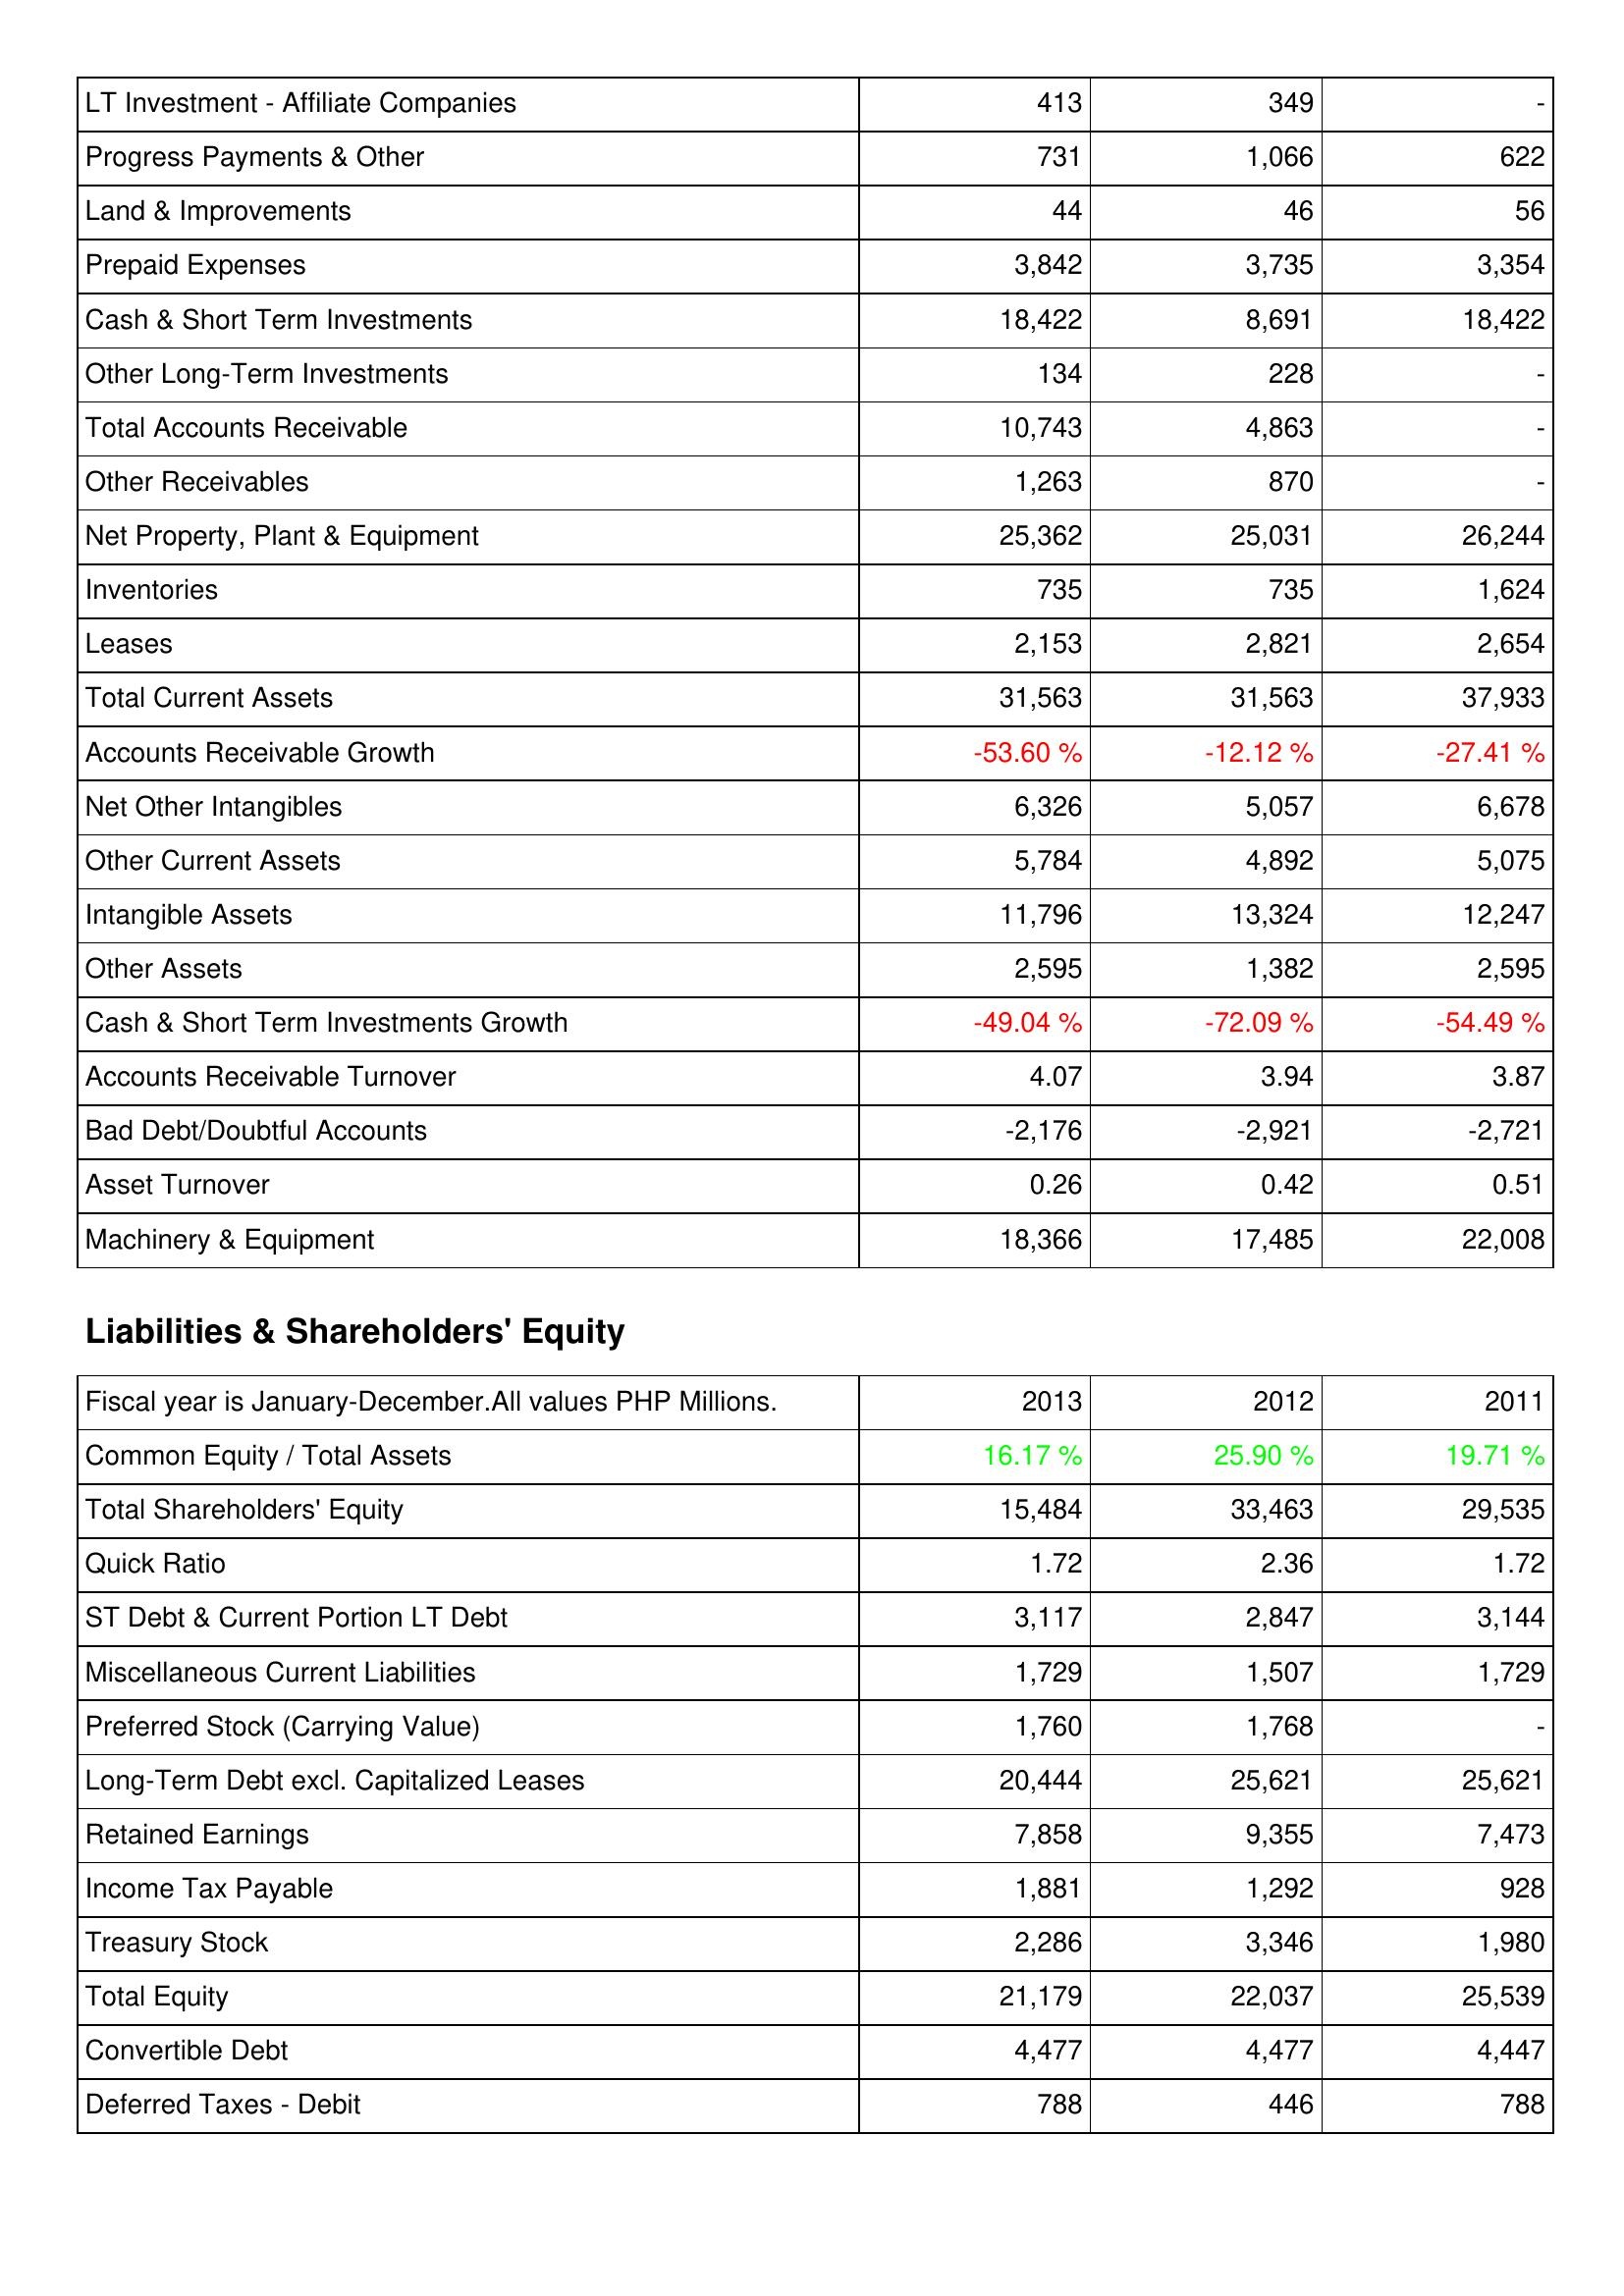
2013: Assets: LT Investment - Affiliate Companies: 413
Progress Payments & Other: 731
Land & Improvements: 44
Prepaid Expenses: 3,842
Cash & Short Term Investments: 18,422
Other Long-Term Investments: 134
Total Accounts Receivable: 10,743
Other Receivables: 1,263
Net Property, Plant & Equipment: 25,362
Inventories: 735
Leases: 2,153
Total Current Assets: 31,563
Accounts Receivable Growth: -53.60 %
Net Other Intangibles: 6,326
Other Current Assets: 5,784
Intangible Assets: 11,796
Other Assets: 2,595
Cash & Short Term Investments Growth: -49.04 %
Accounts Receivable Turnover: 4.07
Bad Debt/Doubtful Accounts: -2,176
Asset Turnover: 0.26
Machinery & Equipment: 18,366
Liabilities & Shareholders' Equity: Common Equity / Total Assets: 16.17 %
Total Shareholders' Equity: 15,484
Quick Ratio: 1.72
ST Debt & Current Portion LT Debt: 3,117
Miscellaneous Current Liabilities: 1,729
Preferred Stock (Carrying Value): 1,760
Long-Term Debt excl. Capitalized Leases: 20,444
Retained Earnings: 7,858
Income Tax Payable: 1,881
Treasury Stock: 2,286
Total Equity: 21,179
Convertible Debt: 4,477
Deferred Taxes - Debit: 788
2012: Assets: LT Investment - Affiliate Companies: 349
Progress Payments & Other: 1,066
Land & Improvements: 46
Prepaid Expenses: 3,735
Cash & Short Term Investments: 8,691
Other Long-Term Investments: 228
Total Accounts Receivable: 4,863
Other Receivables: 870
Net Property, Plant & Equipment: 25,031
Inventories: 735
Leases: 2,821
Total Current Assets: 31,563
Accounts Receivable Growth: -12.12 %
Net Other Intangibles: 5,057
Other Current Assets: 4,892
Intangible Assets: 13,324
Other Assets: 1,382
Cash & Short Term Investments Growth: -72.09 %
Accounts Receivable Turnover: 3.94
Bad Debt/Doubtful Accounts: -2,921
Asset Turnover: 0.42
Machinery & Equipment: 17,485
Liabilities & Shareholders' Equity: Common Equity / Total Assets: 25.90 %
Total Shareholders' Equity: 33,463
Quick Ratio: 2.36
ST Debt & Current Portion LT Debt: 2,847
Miscellaneous Current Liabilities: 1,507
Preferred Stock (Carrying Value): 1,768
Long-Term Debt excl. Capitalized Leases: 25,621
Retained Earnings: 9,355
Income Tax Payable: 1,292
Treasury Stock: 3,346
Total Equity: 22,037
Convertible Debt: 4,477
Deferred Taxes - Debit: 446
2011: Assets: LT Investment - Affiliate Companies: -
Progress Payments & Other: 622
Land & Improvements: 56
Prepaid Expenses: 3,354
Cash & Short Term Investments: 18,422
Other Long-Term Investments: -
Total Accounts Receivable: -
Other Receivables: -
Net Property, Plant & Equipment: 26,244
Inventories: 1,624
Leases: 2,654
Total Current Assets: 37,933
Accounts Receivable Growth: -27.41 %
Net Other Intangibles: 6,678
Other Current Assets: 5,075
Intangible Assets: 12,247
Other Assets: 2,595
Cash & Short Term Investments Growth: -54.49 %
Accounts Receivable Turnover: 3.87
Bad Debt/Doubtful Accounts: -2,721
Asset Turnover: 0.51
Machinery & Equipment: 22,008
Liabilities & Shareholders' Equity: Common Equity / Total Assets: 19.71 %
Total Shareholders' Equity: 29,535
Quick Ratio: 1.72
ST Debt & Current Portion LT Debt: 3,144
Miscellaneous Current Liabilities: 1,729
Preferred Stock (Carrying Value): -
Long-Term Debt excl. Capitalized Leases: 25,621
Retained Earnings: 7,473
Income Tax Payable: 928
Treasury Stock: 1,980
Total Equity: 25,539
Convertible Debt: 4,447
Deferred Taxes - Debit: 788